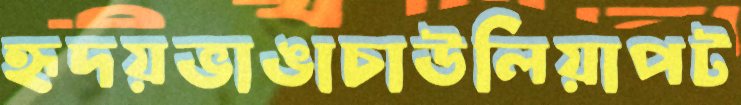
হৃদয়ভাঙাচাউলিয়াপট